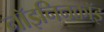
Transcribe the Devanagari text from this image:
नॉइनिनकॉइ